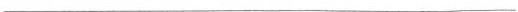
___